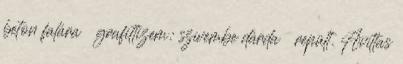
beton falára grafittizem: szívembe dárda repült. Avíttas